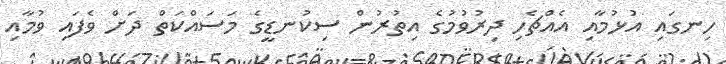
ހިނގައި އުޅުމާއި އެއްޗެހި ދިރުވުމުގެ އިތުރުން ސިކުނޑީގެ މަސައްކަތް ދަށް ވެފައި ވުމާއި